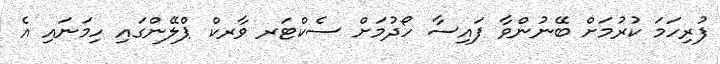
ފުރިހަމަ ކުރުމަށް ބޭނުންވާ ފައިސާ ހޯދުމަށް ސެކްޓަރ ވާރކް ޕްލޭންގައި ހިމަނައި އެ